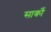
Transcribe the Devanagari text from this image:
सार्को